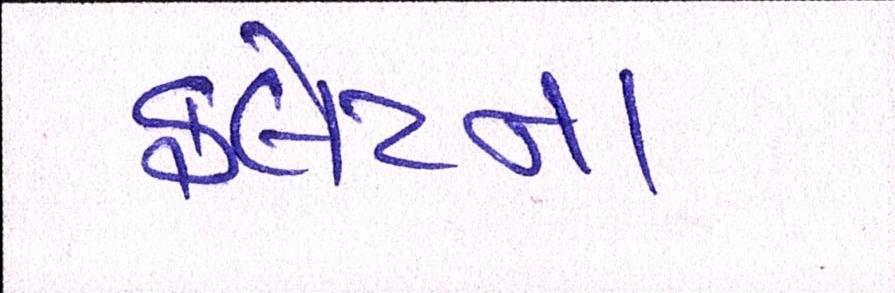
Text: ફ્લેટના